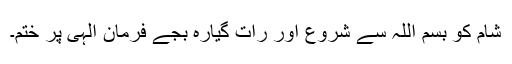
شام کو بسم اللہ سے شروع اور رات گیارہ بجے فرمان الٰہی پر ختم۔